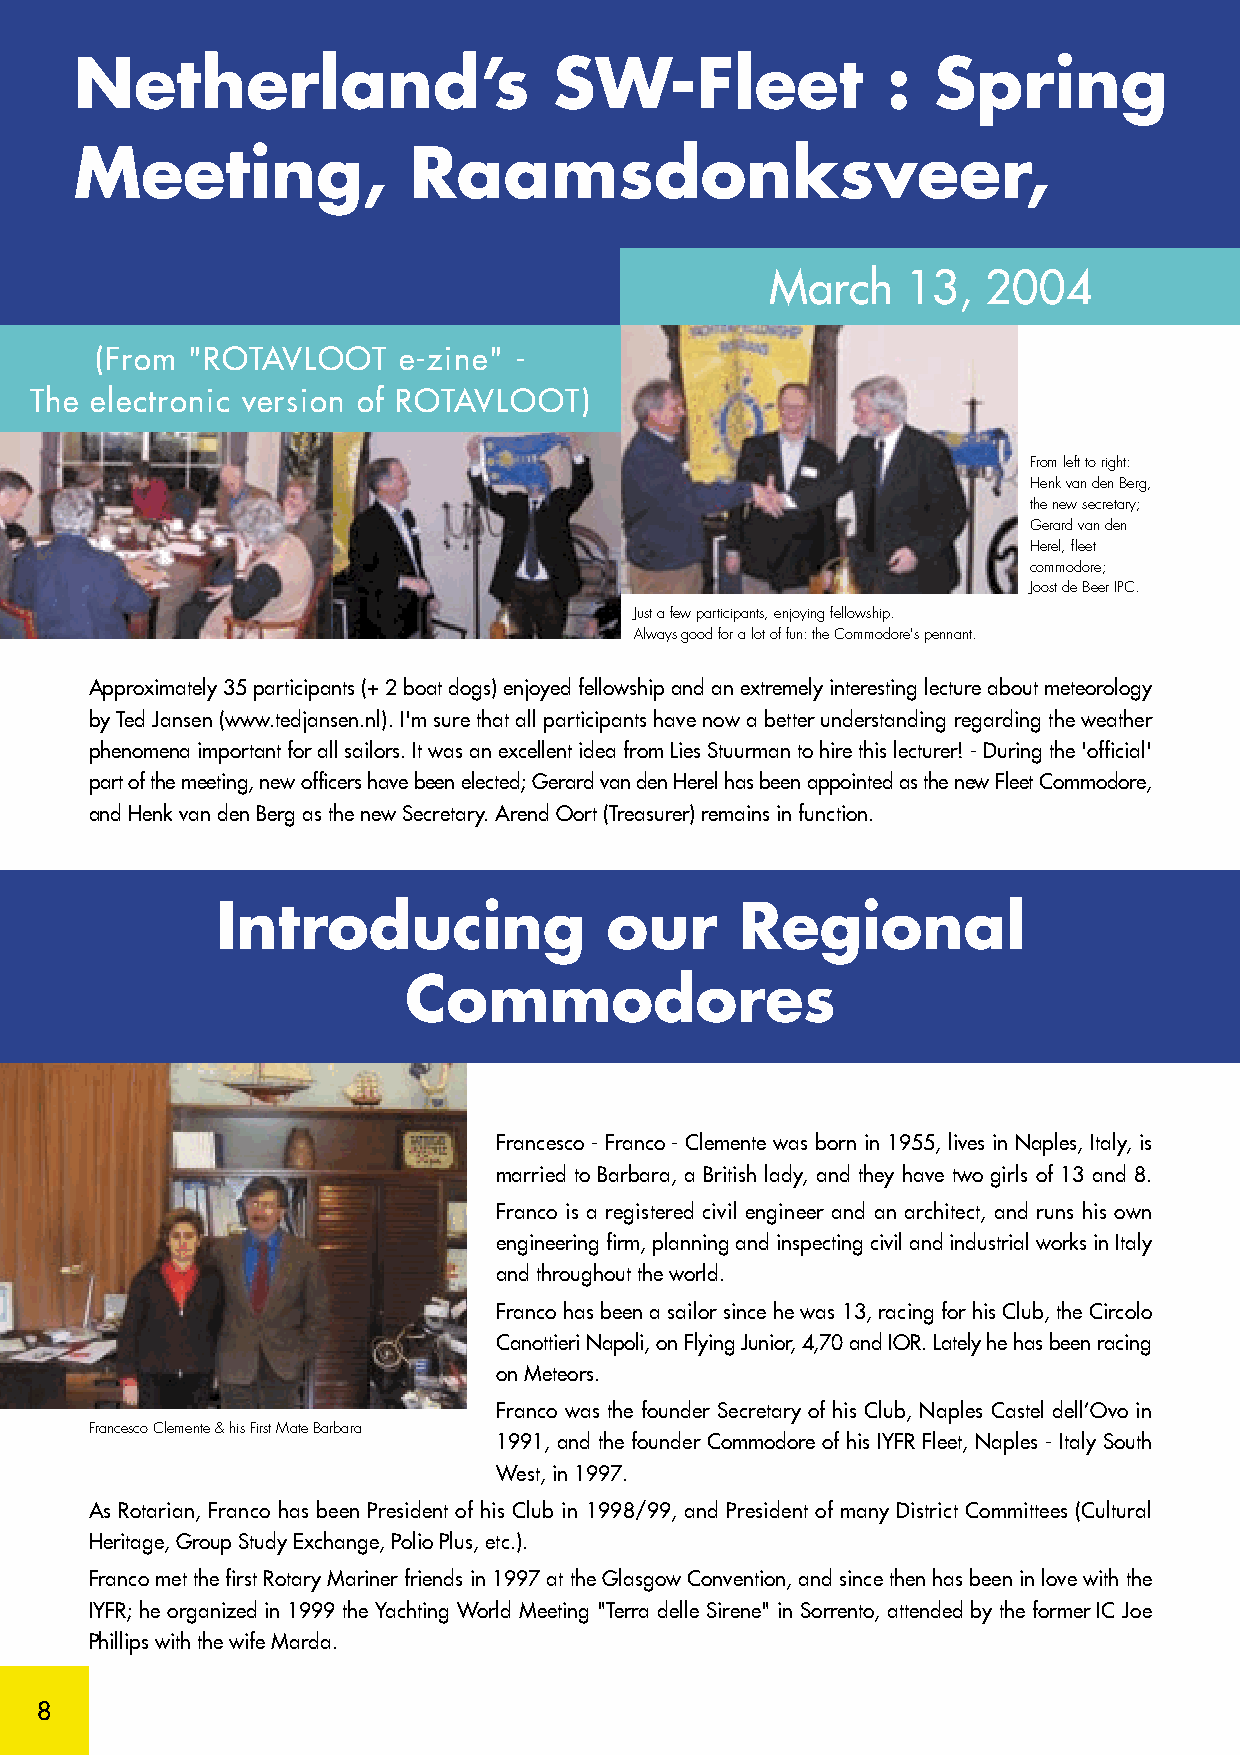
Netherland’s                    SW-Fleet              :  Spring
 Meeting,              Raamsdonksveer,
 March    13,  2004
 (From "ROTAVLOOT    e-zine" -
 The electronic version of ROTAVLOOT)
 From left to right:
 Henk van den Berg,
 the new secretary;
 Gerard van den
 Herel, fleet
 commodore;
 Joost de Beer IPC.
 Just a few participants, enjoying fellowship.
 Always good for a lot of fun: the Commodore's pennant.
 Approximately 35 participants (+ 2 boat dogs) enjoyed fellowship and an extremely interesting lecture about meteorology
 by Ted Jansen (www.tedjansen.nl). I'm sure that all participants have now a better understanding regarding the weather
 phenomena important for all sailors. It was an excellent idea from Lies Stuurman to hire this lecturer! - During the 'official'
 part of the meeting, new officers have been elected; Gerard van den Herel has been appointed as the new Fleet Commodore,
 and Henk van den Berg as the new Secretary. Arend Oort (Treasurer) remains in function.
 Introducing               our      Regional
 Commodores
 Francesco - Franco - Clemente was born in 1955, lives in Naples, Italy, is
 married to Barbara, a British lady, and they have two girls of 13 and 8.
 Franco is a registered civil engineer and an architect, and runs his own
 engineering firm, planning and inspecting civil and industrial works in Italy
 and throughout the world.
 Franco has been a sailor since he was 13, racing for his Club, the Circolo
 Canottieri Napoli, on Flying Junior, 4,70 and IOR. Lately he has been racing
 on Meteors.
 Franco was the founder Secretary of his Club, Naples Castel dell’Ovo in
 Francesco Clemente & his First Mate Barbara
 1991, and the founder Commodore of his IYFR Fleet, Naples - Italy South
 West, in 1997.
 As Rotarian, Franco has been President of his Club in 1998/99, and President of many District Committees (Cultural
 Heritage, Group Study Exchange, Polio Plus, etc.).
 Franco met the first Rotary Mariner friends in 1997 at the Glasgow Convention, and since then has been in love with the
 IYFR; he organized in 1999 the Yachting World Meeting "Terra delle Sirene" in Sorrento, attended by the former IC Joe
 Phillips with the wife Marda.
 8